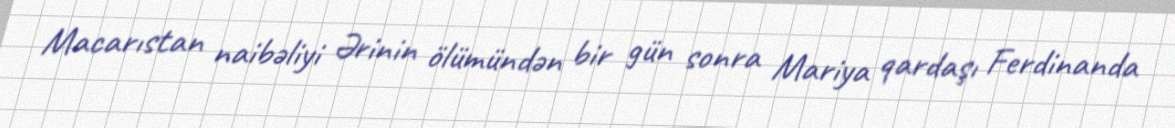
Macarıstan naibəliyi Ərinin ölümündən bir gün sonra Mariya qardaşı Ferdinanda